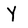
Character: Y